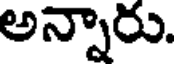
అన్నారు.